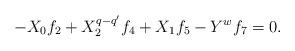
LaTeX: \begin{align*}-X_{0}f_{2}+X_{2}^{q-q'}f_{4}+X_{1}f_{5}-Y^{w}f_{7}=0.\end{align*}